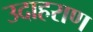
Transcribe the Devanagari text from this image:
उदाहराण